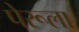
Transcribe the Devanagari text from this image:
पेरूला